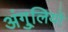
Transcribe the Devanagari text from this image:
अंगु्लियों